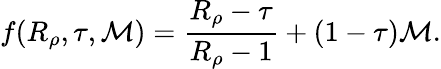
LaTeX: f(R_{\rho},\tau,{\cal M})=\frac{R_{\rho}-\tau}{R_{\rho}-1}+(1-\tau){\cal M}.